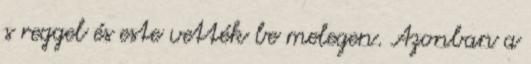
s reggel és este vették be melegen. Azonban a